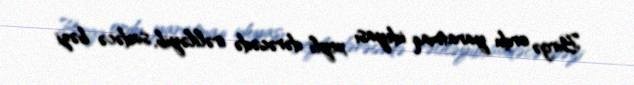
Birgə ordu yaratmaq ideyası xeyli dərəcədə irəliləyib, sadəcə bəzi